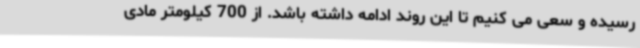
رسیده و سعی می کنیم تا این روند ادامه داشته باشد. از 700 کیلومتر مادی